Medical and sanitary report of the native army of Bengal for the year
Year: 1875
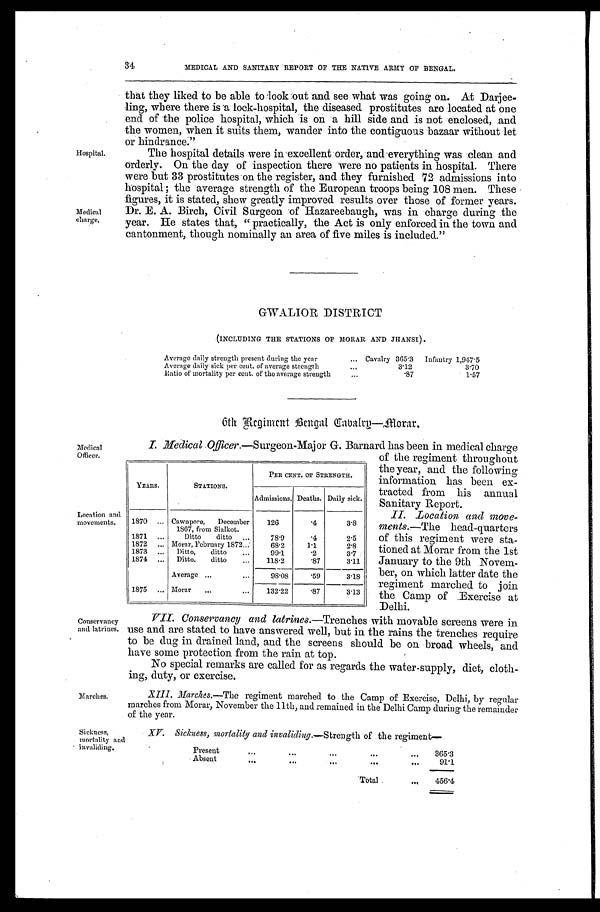
MEDICAL AND SANITARY REPORT OF THE NATIVE ARMY OF BENGAL.
Hospital.
Medical
charge.
that they liked to be able to look out and see what was going on. At Darjee
-
ling, where there is a lock-hospital, the diseased prostitutes are located at one
end of the police hospital, which is on a hill side and is not enclosed, and
the women, when it suits them, wander into the contiguous bazaar without let
or hindrance."
The hospital details were in excellent order, and everything was clean and
orderly. On the day of inspection there were no patients in hospital. There
were but 33 prostitutes on the register, and they furnished 72 admissions into
hospital; the average strength of the European troops being 108 men. These
figures, it is stated, shew greatly improved results over those of former years.
Dr. E. A. Birch, Civil Surgeon of Hazareebaugh, was in charge during the
year. He states that, "practically, the Act is only enforced in the town and
cantonment, though nominally an area of five miles is included."
GWALIOR DISTRICT
(INCLUDING THE STATIONS OF MORAR AND JHANSI).
Average daily strength present during the year . . .
Cavalry 365.3 Infantry 1,947.5
Average daily sick per cent, of average strength . . .
3.12
3.70
Ratio of mortality per cent. of the average strength
.87
1.57
6th Regiment Bengal Cavalry—morar.
Medical
Officer.
Location and
movements.
Conservancy
and latrines.
I. Medical Officer .—Surgeon-Major G. Barnard has been in medical charge
of the regiment throughout
the year, and the following
information has been ex
-
tracted from his annual
Sanitary Report.
II. Location and move
-
ments .—The head-quarters
of this regiment were sta
-
tioned at Morar from the 1st
January to the 9th Novem
-
ber, on which latter date the
regiment marched to join
the Camp of Exercise at
Delhi.
VII. Conservancy and latrines .—Trenches with movable screens were in
use and are stated to have answered well, but in the rains the trenches require
to be dug in drained land, and the screens should be on broad wheels, and
have some protection from the rain at top.
No special remarks are called for as regards the water-supply, diet, cloth
-
ing, duty, or exercise.
YEARS.
STATIONS.
PER CENT. OF STRENGTH.
Admissions. Deaths. Daily sick.
1870 . . . Cawnpore, December
1867, from Sialkot.
126
. 4 3.8
1871 . . .
Ditto ditto . . .
78.9
. 4 2.5
1872 . . . Morar, February 1872 . . .
68.2
1.1
2.8
1873 . . . Ditto. ditto . . .
99.1
. 2 3.7
1874 . . . Ditto. ditto . . .
118.2
. 8 7 3.11
Average . . .
98.08
. 5 9 3.18
1875 . . . Morar . . .
132.22
. 8 7 3.13
Marches.
Sickness,
mortality and
invaliding.
XIII. Marches .—The regiment marched to the Camp of Exercise, Delhi, by regular
marches from Morar, November the 11th, and remained in the Delhi Camp during the remainder
of the year.
XV. Sickness, mortality and invaliding .—Strength of the regiment—
P r e s e n t . . .
365.3
Absent . . .
91.1
T o t a l . . .
4 5 6 . 4